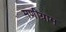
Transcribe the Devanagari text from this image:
मणीग्राम